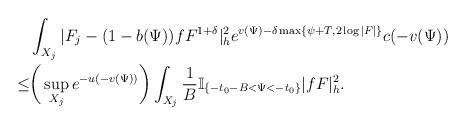
LaTeX: \begin{align*}&\int_{X_j}|F_{j}-(1-b(\Psi))fF^{1+\delta}|_{h}^2e^{v(\Psi)-\delta \max\{\psi+T,2\log|F|\}}c(-v(\Psi))\\\le&\bigg(\sup_{X_j}e^{-u(-v(\Psi))}\bigg)\int_{X_j}\frac{1}{B}\mathbb{I}_{\{-t_0-B<\Psi<-t_0\}} |fF|^2_h.\end{align*}